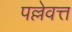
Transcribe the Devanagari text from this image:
पल्लेवत्त